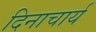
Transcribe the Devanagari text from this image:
दिनाचार्य